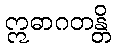
ဣဓာဂတန္တိ